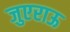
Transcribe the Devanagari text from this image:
जुएराऊ